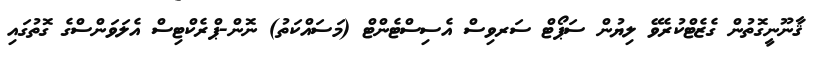
ޤާނޫނީގޮތުން ގެޒެޓްކުރެވޭ ލިޔުން ސަޕޯޓް ސަރވިސް އެސިސްޓެންޓް (މަސައްކަތު) ނޮން-ޕްރެކްޓިސް އެލަވަންސްގެ ގޮތުގައި